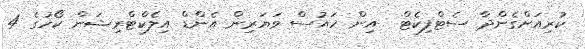
ކުރިއަށްގެންދާ ސެޓްފިކެޓް  އިން ހައުސް ވަޔަރިން އެންޑް އިލެކްޓްރިޝަން ކޯހުގެ 4